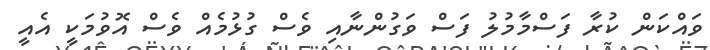
ވައްކަން ކުރާ ފަސްމާމުލު ފަސް ވަގުންނާއި ވެސް ގުޅުމެއްް ވެސް އޮވުމަކީ އެއީ